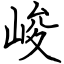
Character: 峻